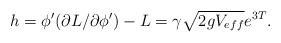
LaTeX: \begin{align*}h=\phi'(\partial L/\partial\phi')-L=\gamma\sqrt{2gV_{eff}} e^{3T}.\end{align*}